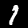
Digit: 1